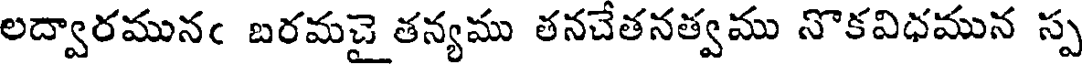
లద్వారమునఁ బరమచై తన్యము తనచేతనత్వము నొకవిధమున స్ప